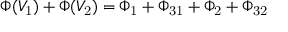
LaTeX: \Phi ( V _ { \mathrm { 1 } } ) + \Phi ( V _ { \mathrm { 2 } } ) = \Phi _ { \mathrm { 1 } } + \Phi _ { \mathrm { 3 1 } } + \Phi _ { \mathrm { 2 } } + \Phi _ { \mathrm { 3 2 } }